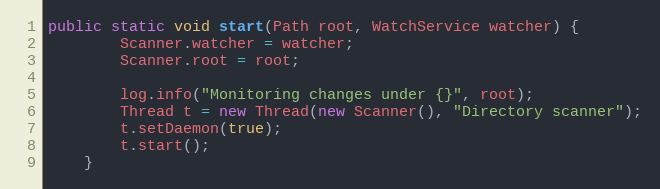
Language: Java
public static void start(Path root, WatchService watcher) {
        Scanner.watcher = watcher;
        Scanner.root = root;

        log.info("Monitoring changes under {}", root);
        Thread t = new Thread(new Scanner(), "Directory scanner");
        t.setDaemon(true);
        t.start();
    }